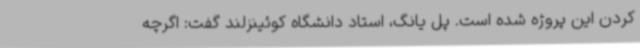
کردن این پروژه شده است. پل یانگ، استاد دانشگاه کوئینزلند گفت: اگرچه